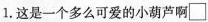
1. 这是一个多么可爱的小葫芦啊□